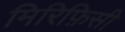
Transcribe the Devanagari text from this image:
मिरिफ़िसी